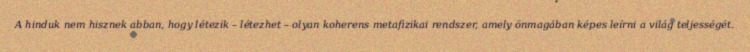
A hinduk nem hisznek abban, hogy létezik – létezhet – olyan koherens metafizikai rendszer, amely önmagában képes leírni a világ teljességét.